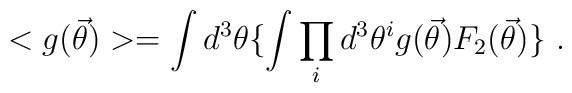
<g({\vec{\theta}})> = \int d^3 \theta \{\int \prod_{i}d^3 \theta^{i}g({\vec{\theta}}) F_{2}({\vec{\theta}}) \} \ .